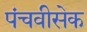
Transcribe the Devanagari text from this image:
पंचवीसेक